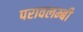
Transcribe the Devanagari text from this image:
परावलम्बी